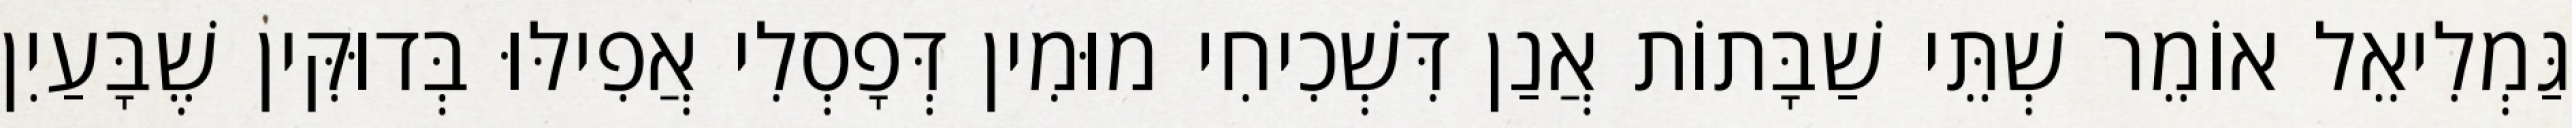
גַּמְלִיאֵל אוֹמֵר שְׁתֵּי שַׁבָּתוֹת אֲנַן דִּשְׁכִיחִי מוּמִין דְּפָסְלִי אֲפִילּוּ בְּדוּקִּין שֶׁבָּעַיִן